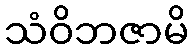
သံဝိဘဇာမိ